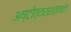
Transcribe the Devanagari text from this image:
अष्टोत्तरशतताल